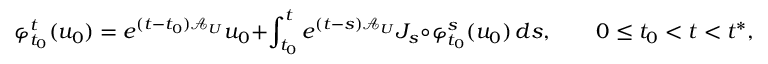
\varphi _ { t _ { 0 } } ^ { t } ( u _ { 0 } ) = e ^ { ( t - t _ { 0 } ) \mathcal { A } _ { U } } u _ { 0 } + \int _ { t _ { 0 } } ^ { t } e ^ { ( t - s ) \mathcal { A } _ { U } } J _ { s } \circ \varphi _ { t _ { 0 } } ^ { s } ( u _ { 0 } ) \, d s , \qquad 0 \leq t _ { 0 } < t < t ^ { * } ,